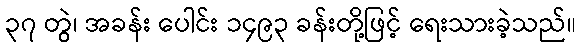
၃၇ တွဲ၊ အခန်း ပေါင်း ၁၄၉၃ ခန်းတို့ဖြင့် ရေးသားခဲ့သည်။